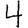
Digit: 4